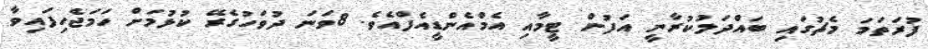
ފުރަތަމަ މެޗުގައި ބައްދަލުކުރާނީ އަފުން ޓީމާއި އެމްއެންޑީއެފްއެވެ. 8ވަނަ ދުވަހުގެރޭ ކުޅުމަށް ހަމަޖެހިފައިވާ